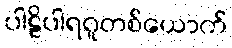
ပါဠိပါရဂူတစ်ယောက်